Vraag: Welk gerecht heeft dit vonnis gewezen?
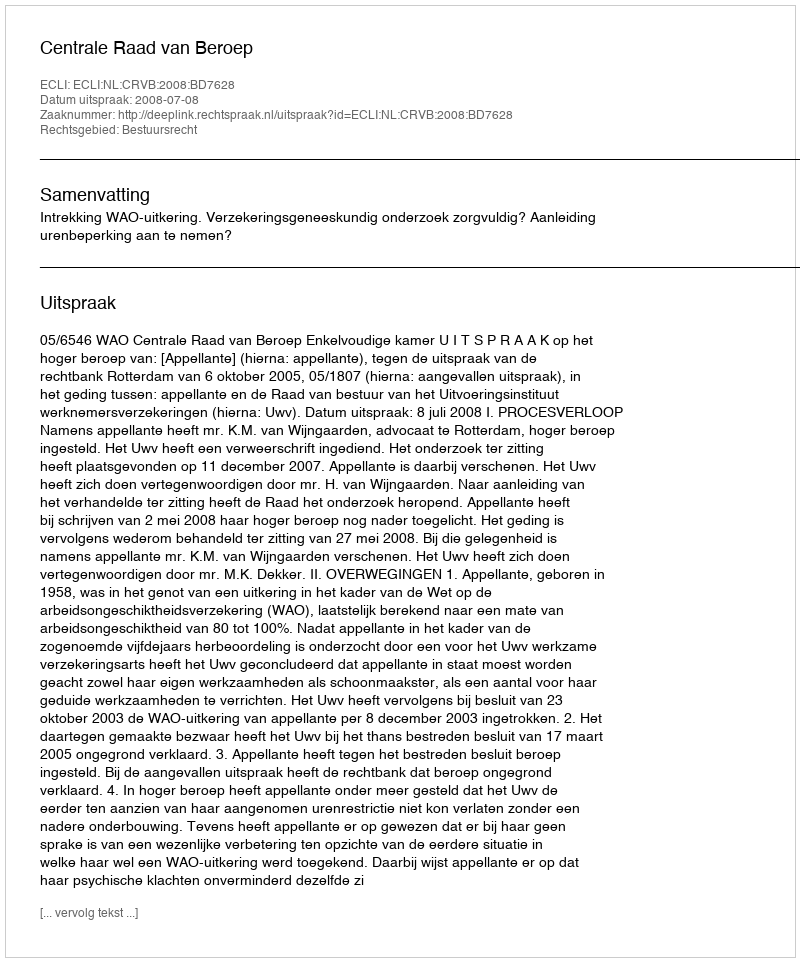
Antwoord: Centrale Raad van Beroep